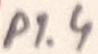
Text: P1.4